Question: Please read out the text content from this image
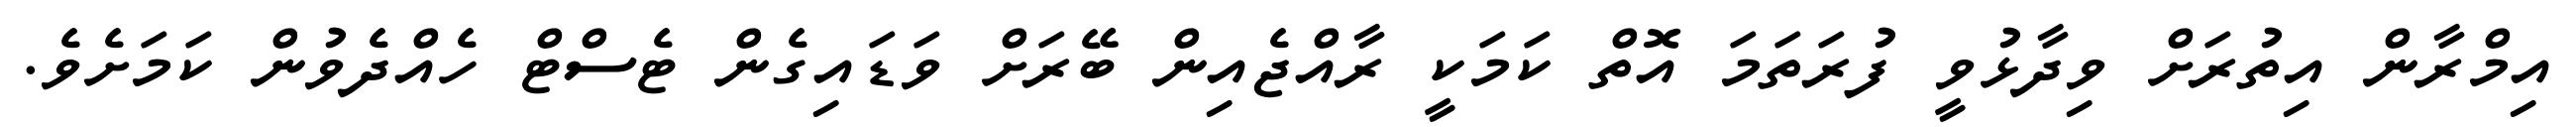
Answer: އިމްރާން އިތުރަށް ވިދާޅުވީ ފުރަތަމަ އޮތް ކަމަކީ ރާއްޖެއިން ބޭރަށް ވަޑައިގެން ޓެސްޓް ހެއްދެވުން ކަމަށެވެ.